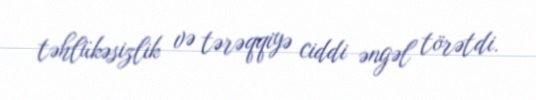
təhlükəsizlik və tərəqqiyə ciddi əngəl törətdi.